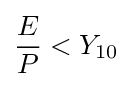
{\frac {E}{P}}<Y_{\text{10}}